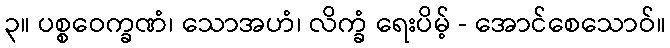
၃။ ပစ္စဝေက္ခဏံ၊ သောအဟံ၊ လိက္ခံ ရေးပိမ့် - အောင်စေသောဝ်။